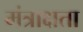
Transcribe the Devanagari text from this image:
मंत्राक्षता